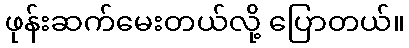
ဖုန်းဆက်မေးတယ်လို့ ပြောတယ်။